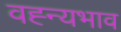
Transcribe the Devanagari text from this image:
वह्न्यभाव